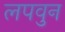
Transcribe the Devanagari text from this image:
लपवुन